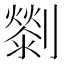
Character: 𠠓